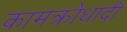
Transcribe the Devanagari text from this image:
कामक्रोधादी